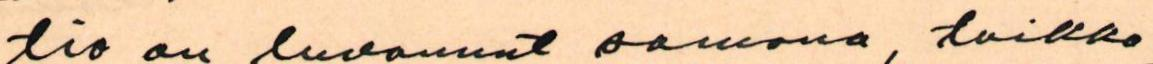
tio on luvannut samana, taikka